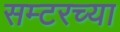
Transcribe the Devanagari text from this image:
सम्टरच्या